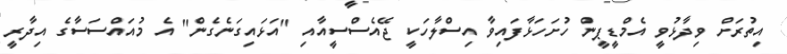
އިތުރަށް ވިދާޅުވީ އެމްޑީޕީން ހުށަހަޅާފައިވާ އިސްލާހަކީ ޖޭއެސްސީއާއި "އަޅައިގަނެގެން" އެ މުއައްސަސާގެ އިދާރީ